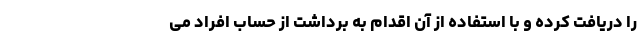
را دریافت کرده و با استفاده از آن اقدام به برداشت از حساب افراد می